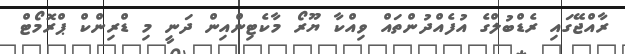
ރާއްޖޭގައި ރެޑްބުލްގެ އުފެއްދުންތައް ވިއްކާ ޔޫރޯ މާކެޓިންއިން ދަނީ މި ޑްރިންކް ޕްރޮމޯޓް